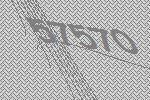
57570